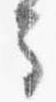
馬